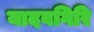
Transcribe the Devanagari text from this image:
यादवगिरि